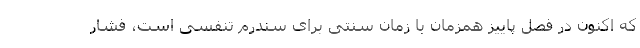
که اکنون در فصل پاییز همزمان با زمان سنتی برای سندرم تنفسی است، فشار